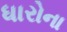
ધારોના